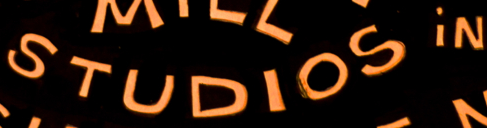
STUDIOS iN